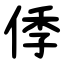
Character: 㑧